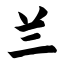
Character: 兰